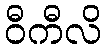
ဝီကီလိ